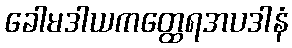
ခေါမဒါယကတ္ထေရအပဒါနံ